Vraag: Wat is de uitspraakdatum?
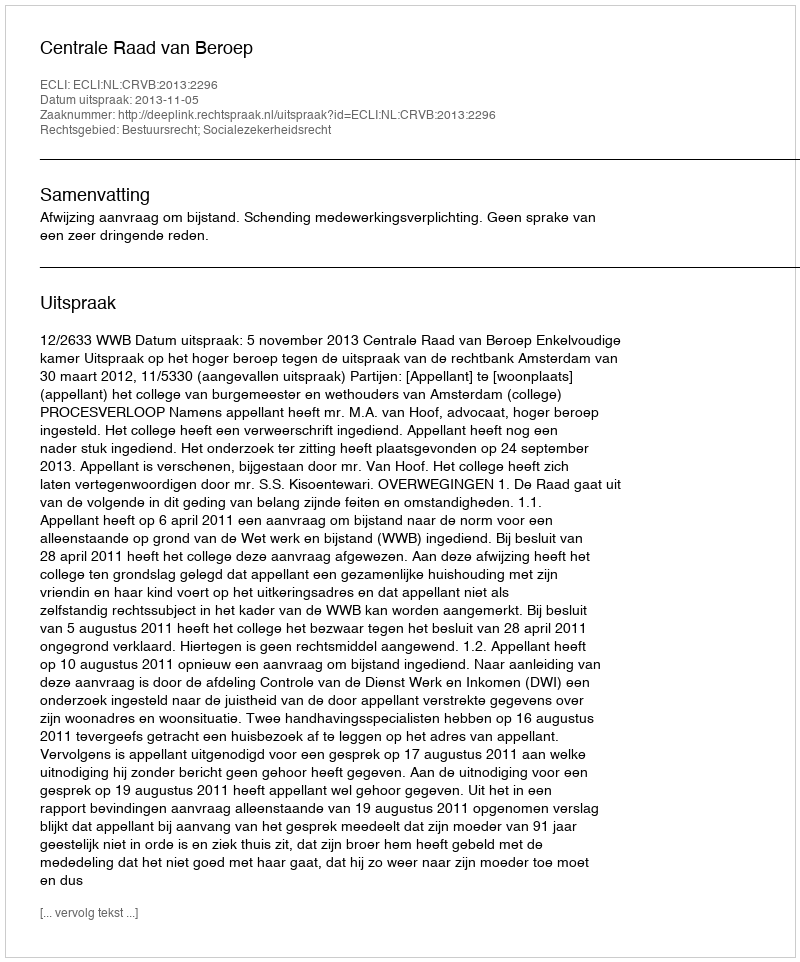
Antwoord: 2013-11-05